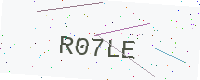
Text: R07LE